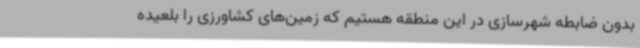
بدون ضابطه شهرسازی در این منطقه هستیم که زمین‌های کشاورزی را بلعیده